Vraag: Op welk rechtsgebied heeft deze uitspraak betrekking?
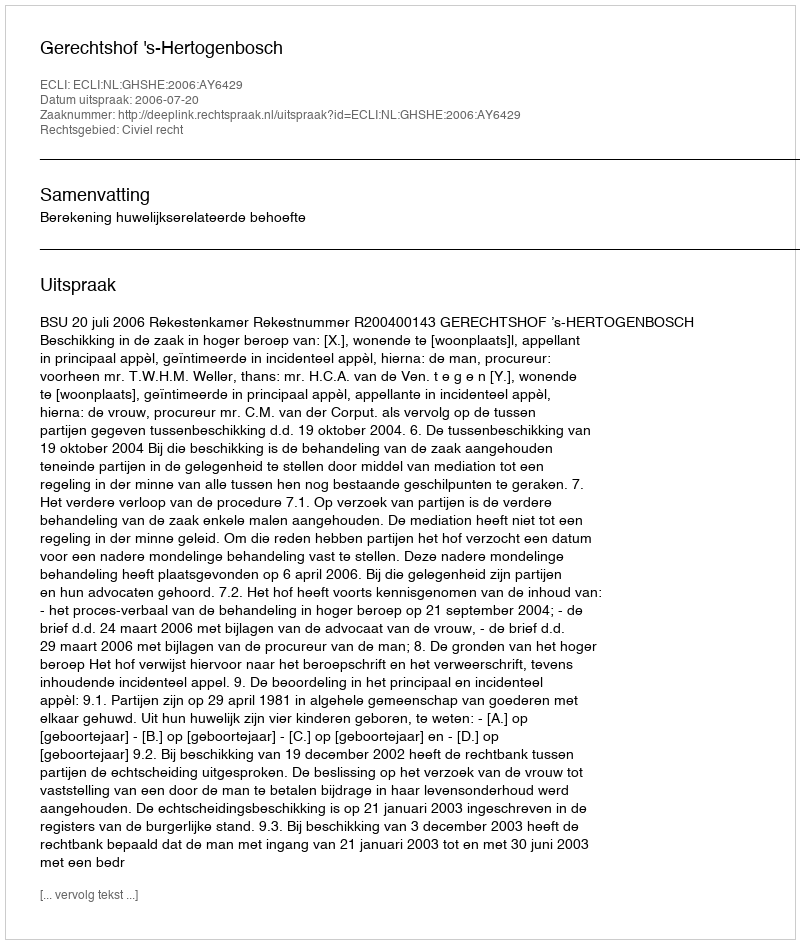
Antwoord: Civiel recht